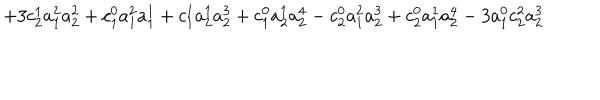
LaTeX: + 3 c _ { 2 } ^ { 1 } a _ { 1 } ^ { 2 } a _ { 2 } ^ { 2 } + c _ { 1 } ^ { 0 } a _ { 1 } ^ { 2 } a _ { 1 } ^ { 1 } + c _ { 1 } ^ { 1 } a _ { 2 } ^ { 1 } a _ { 2 } ^ { 3 } + c _ { 1 } ^ { 0 } a _ { 2 } ^ { 1 } a _ { 2 } ^ { 4 } - c _ { 2 } ^ { 0 } a _ { 1 } ^ { 2 } a _ { 2 } ^ { 3 } + c _ { 2 } ^ { 0 } a _ { 1 } ^ { 1 } a _ { 2 } ^ { 4 } - 3 a _ { 1 } ^ { 0 } c _ { 2 } ^ { 2 } a _ { 2 } ^ { 3 }